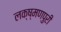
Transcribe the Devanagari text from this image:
लक्ष्मणपुरी